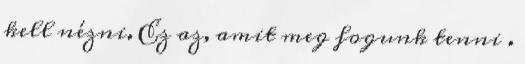
kell nézni. Ez az, amit meg fogunk tenni .